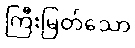
ကြီးမြတ်သော